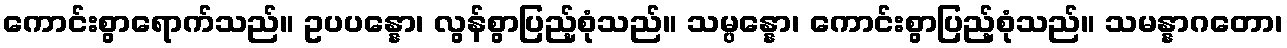
ကောင်းစွာရောက်သည်။ ဥပပန္နော၊ လွန်စွာပြည့်စုံသည်။ သမ္ပန္နော၊ ကောင်းစွာပြည့်စုံသည်။ သမန္နာဂတော၊